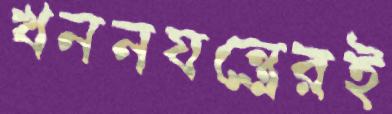
খননযন্ত্রেরই